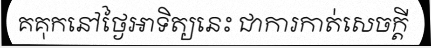
គគុកនៅថ្ងៃអាទិត្យនេះ ជាការកាត់សេចក្តី